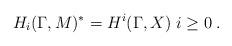
LaTeX: \begin{align*}H_i (\Gamma , M)^{\ast} = H^i (\Gamma , X) \; i \ge 0 \; .\end{align*}